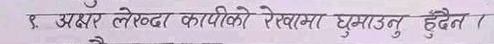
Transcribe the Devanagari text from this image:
१. अक्षर लेख्दा कापीको रेखामा घुमाउनु हुदैन्।